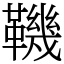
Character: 鞿